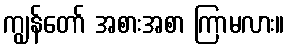
ကျွန်တော် အစားအစာ ကြာမလား။